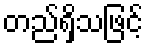
တည်ရှိသဖြင့်